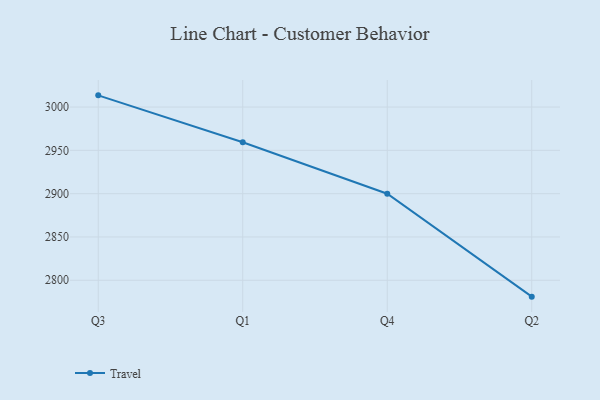
{"axis": {"x": "Quarter", "y": "Market Share (%)"}, "legend": ["Travel"], "data": [{"x": "Q3", "y": 3013.5, "type": "Travel"}, {"x": "Q1", "y": 2959.3, "type": "Travel"}, {"x": "Q4", "y": 2899.9, "type": "Travel"}, {"x": "Q2", "y": 2781.1, "type": "Travel"}]}